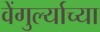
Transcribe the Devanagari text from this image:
वेंगुर्ल्याच्या